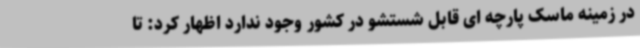
در زمینه ماسک پارچه ای قابل شستشو در کشور وجود ندارد اظهار کرد: تا